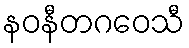
နဝနီတဂဝေသီ